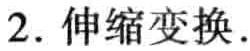
2. 伸缩变换.